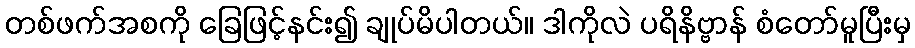
တစ်ဖက်အစကို ခြေဖြင့်နင်း၍ ချုပ်မိပါတယ်။ ဒါကိုလဲ ပရိနိဗ္ဗာန် စံတော်မူပြီးမှ